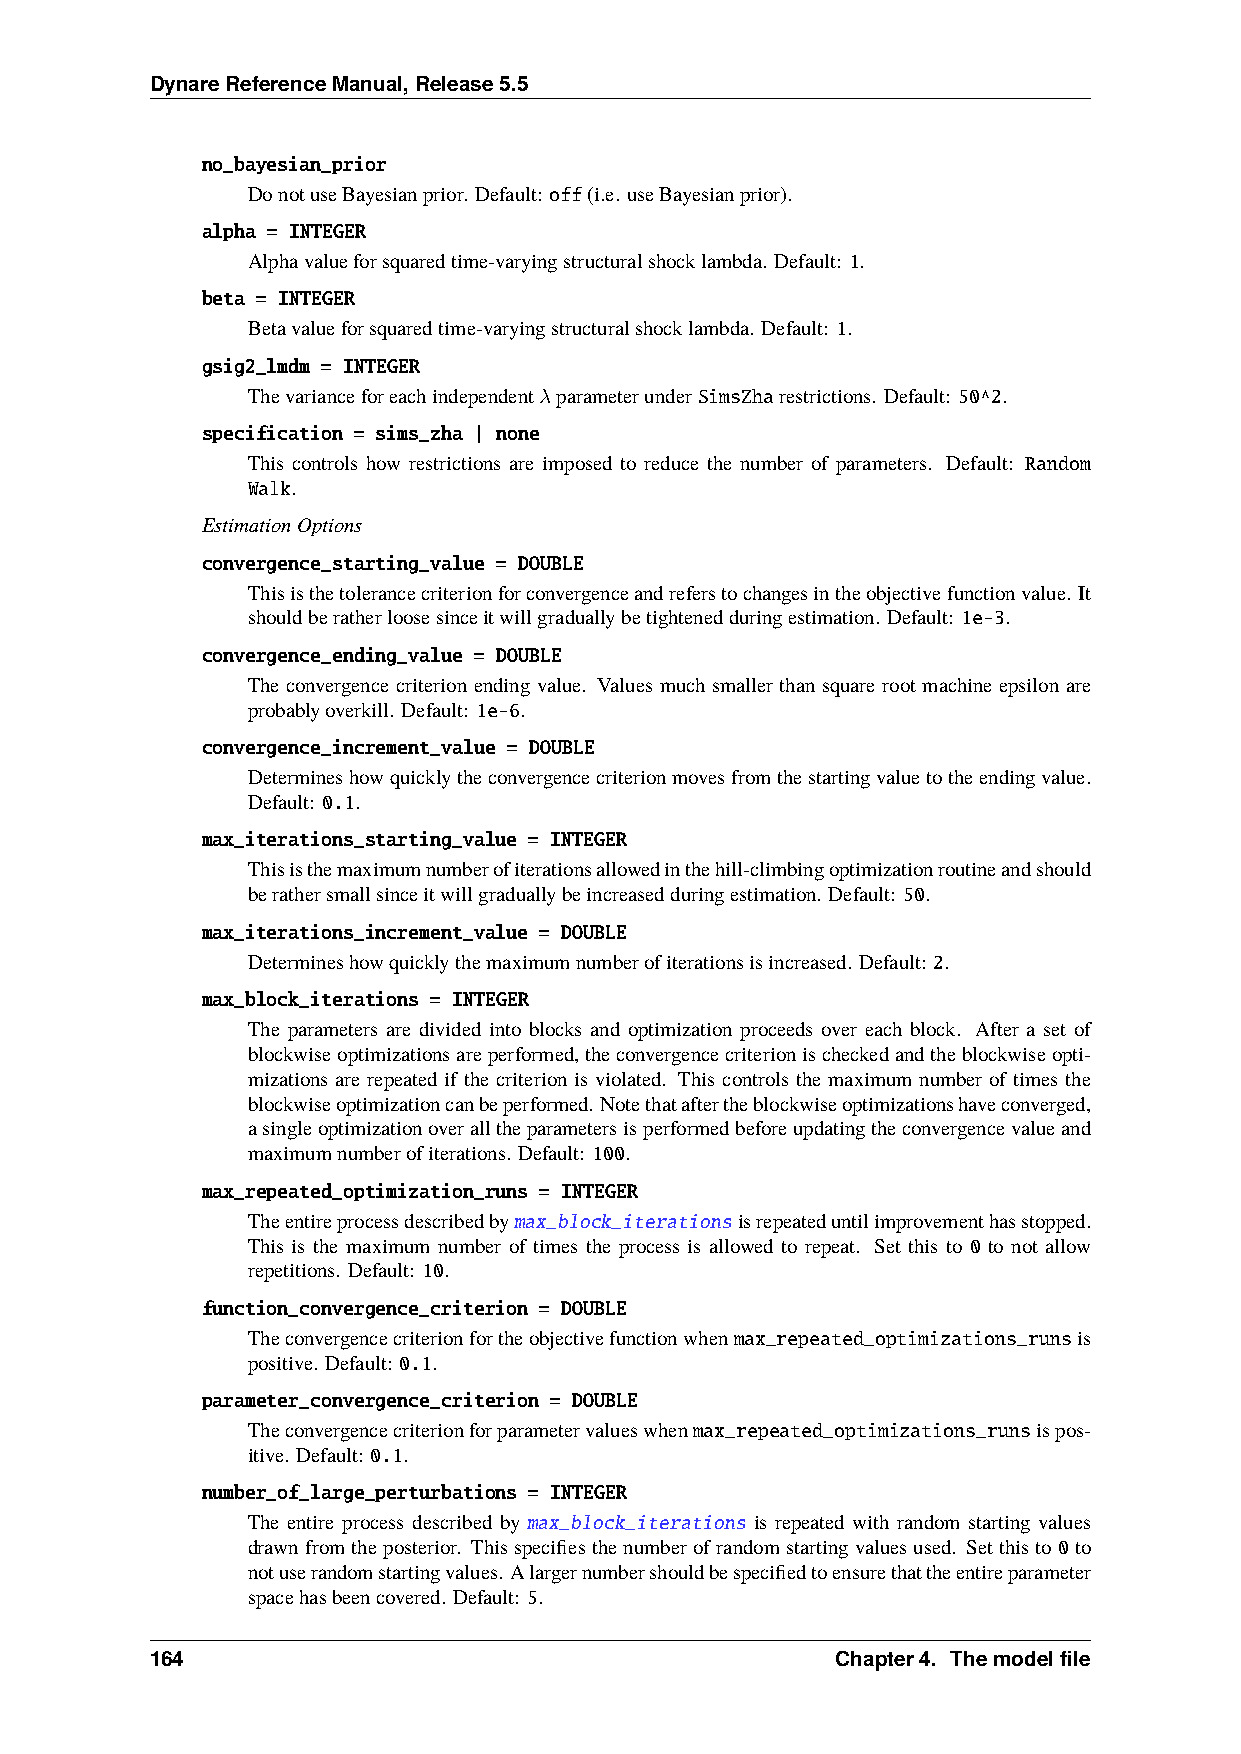
DynareReferenceManual,Release5.5
 no_bayesian_prior
 DonotuseBayesianprior. Default: off(i.e. useBayesianprior).
 alpha = INTEGER
 Alphavalueforsquaredtime-varyingstructuralshocklambda. Default: 1.
 beta = INTEGER
 Betavalueforsquaredtime-varyingstructuralshocklambda. Default: 1.
 gsig2_lmdm = INTEGER
 Thevarianceforeachindependent𝜆parameterunderSimsZharestrictions. Default: 50^2.
 specification = sims_zha | none
 This controls how restrictions are imposed to reduce the number of parameters. Default: Random
 Walk.
 EstimationOptions
 convergence_starting_value = DOUBLE
 Thisisthetolerancecriterionforconvergenceandreferstochangesintheobjectivefunctionvalue. It
 shouldberatherloosesinceitwillgraduallybetightenedduringestimation. Default: 1e-3.
 convergence_ending_value = DOUBLE
 The convergence criterion ending value. Values much smaller than square root machine epsilon are
 probablyoverkill. Default: 1e-6.
 convergence_increment_value = DOUBLE
 Determineshowquicklytheconvergencecriterionmovesfromthestartingvaluetotheendingvalue.
 Default: 0.1.
 max_iterations_starting_value = INTEGER
 Thisisthemaximumnumberofiterationsallowedinthehill-climbingoptimizationroutineandshould
 berathersmallsinceitwillgraduallybeincreasedduringestimation. Default: 50.
 max_iterations_increment_value = DOUBLE
 Determineshowquicklythemaximumnumberofiterationsisincreased. Default: 2.
 max_block_iterations = INTEGER
 The parameters are divided into blocks and optimization proceeds over each block. After a set of
 blockwiseoptimizationsareperformed,theconvergencecriterionischeckedandtheblockwiseopti-
 mizations are repeated if the criterion is violated. This controls the maximum number of times the
 blockwiseoptimizationcanbeperformed. Notethataftertheblockwiseoptimizationshaveconverged,
 asingleoptimizationoveralltheparametersisperformedbeforeupdatingtheconvergencevalueand
 maximumnumberofiterations. Default: 100.
 max_repeated_optimization_runs = INTEGER
 Theentireprocessdescribedbymax_block_iterationsisrepeateduntilimprovementhasstopped.
 This is the maximum number of times the process is allowed to repeat. Set this to 0 to not allow
 repetitions. Default: 10.
 function_convergence_criterion = DOUBLE
 Theconvergencecriterionfortheobjectivefunctionwhenmax_repeated_optimizations_runsis
 positive. Default: 0.1.
 parameter_convergence_criterion = DOUBLE
 Theconvergencecriterionforparametervalueswhenmax_repeated_optimizations_runsispos-
 itive. Default: 0.1.
 number_of_large_perturbations = INTEGER
 The entire process described by max_block_iterations is repeated with random starting values
 drawnfromtheposterior. Thisspecifiesthenumberofrandomstartingvaluesused. Setthisto0to
 notuserandomstartingvalues. Alargernumbershouldbespecifiedtoensurethattheentireparameter
 spacehasbeencovered. Default: 5.
 164                                          Chapter4. Themodelfile